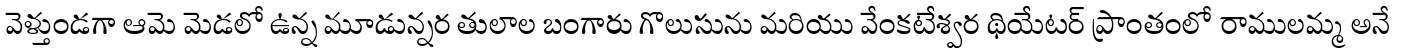
వెళ్తుండగా ఆమె మెడలో ఉన్న మూడున్నర తులాల బంగారు గొలుసును మరియు వేంకటేశ్వర థియేటర్ ప్రాంతంలో రాములమ్మ అనే